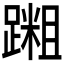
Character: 𫏝